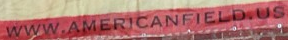
WWW.AMERICANFIELD.US